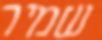
שמיר